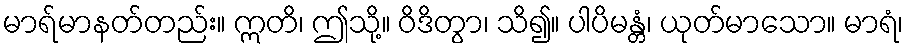
မာရ်မာနတ်တည်း။ ဣတိ၊ ဤသို့။ ဝိဒိတွာ၊ သိ၍။ ပါပိမန္တံ၊ ယုတ်မာသော။ မာရံ၊